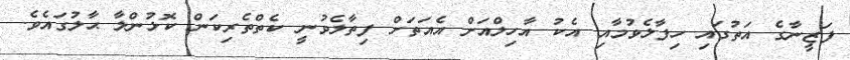
ފަޒީނާގެ އަތުގައި ހިފާލެވުމާއި އެކު އާހިލްއަށް އެއަތަށް ފިތާލެވުނީ ކެތްތެރިކަން ކޮޅުންލާ ޙާލުގައެވެ.